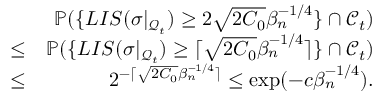
\begin{array} { r l r } & { } & { \mathbb { P } ( \{ L I S ( \sigma | _ { \mathcal { Q } _ { t } } ) \geq 2 \sqrt { 2 C _ { 0 } } \beta _ { n } ^ { - 1 \slash 4 } \} \cap \mathcal { C } _ { t } ) } \\ & { \leq } & { \mathbb { P } ( \{ L I S ( \sigma | _ { \mathcal { Q } _ { t } } ) \geq \lceil \sqrt { 2 C _ { 0 } } \beta _ { n } ^ { - 1 \slash 4 } \rceil \} \cap \mathcal { C } _ { t } ) } \\ & { \leq } & { 2 ^ { - \lceil \sqrt { 2 C _ { 0 } } \beta _ { n } ^ { - 1 \slash 4 } \rceil } \leq \exp ( - c \beta _ { n } ^ { - 1 \slash 4 } ) . } \end{array}